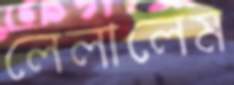
লেলালেম